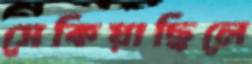
সেকিয়াছিলে